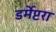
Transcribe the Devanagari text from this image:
डर्मेप्टरा